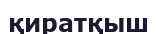
қиратқыш